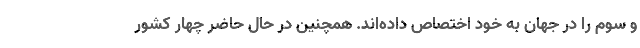
و سوم را در جهان به خود اختصاص داده‌اند. همچنین در حال حاضر چهار کشور